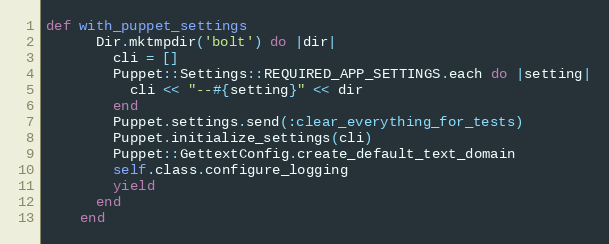
Language: Ruby
def with_puppet_settings
      Dir.mktmpdir('bolt') do |dir|
        cli = []
        Puppet::Settings::REQUIRED_APP_SETTINGS.each do |setting|
          cli << "--#{setting}" << dir
        end
        Puppet.settings.send(:clear_everything_for_tests)
        Puppet.initialize_settings(cli)
        Puppet::GettextConfig.create_default_text_domain
        self.class.configure_logging
        yield
      end
    end